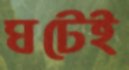
ঘটেই